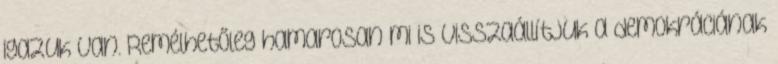
igazuk van. Remélhetőleg hamarosan mi is visszaállítjuk a demokráciának